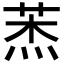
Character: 𦲓